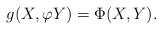
LaTeX: \begin{align*} g(X,\varphi Y)=\Phi(X,Y). \end{align*}